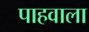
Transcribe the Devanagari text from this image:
पाहवाला